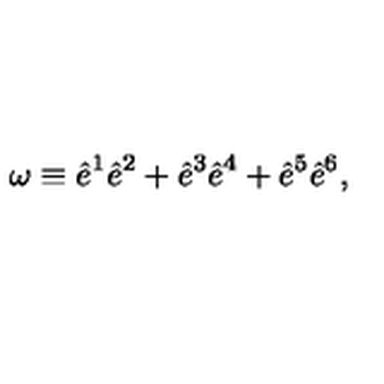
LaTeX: \omega \equiv \hat { e } ^ { 1 } \hat { e } ^ { 2 } + \hat { e } ^ { 3 } \hat { e } ^ { 4 } + \hat { e } ^ { 5 } \hat { e } ^ { 6 } ,